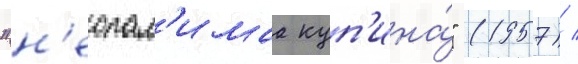
"н'еопал'имаа куп'ина́" (1957) /